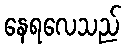
နေရလေသည်